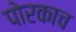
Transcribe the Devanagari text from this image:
पोरकाच